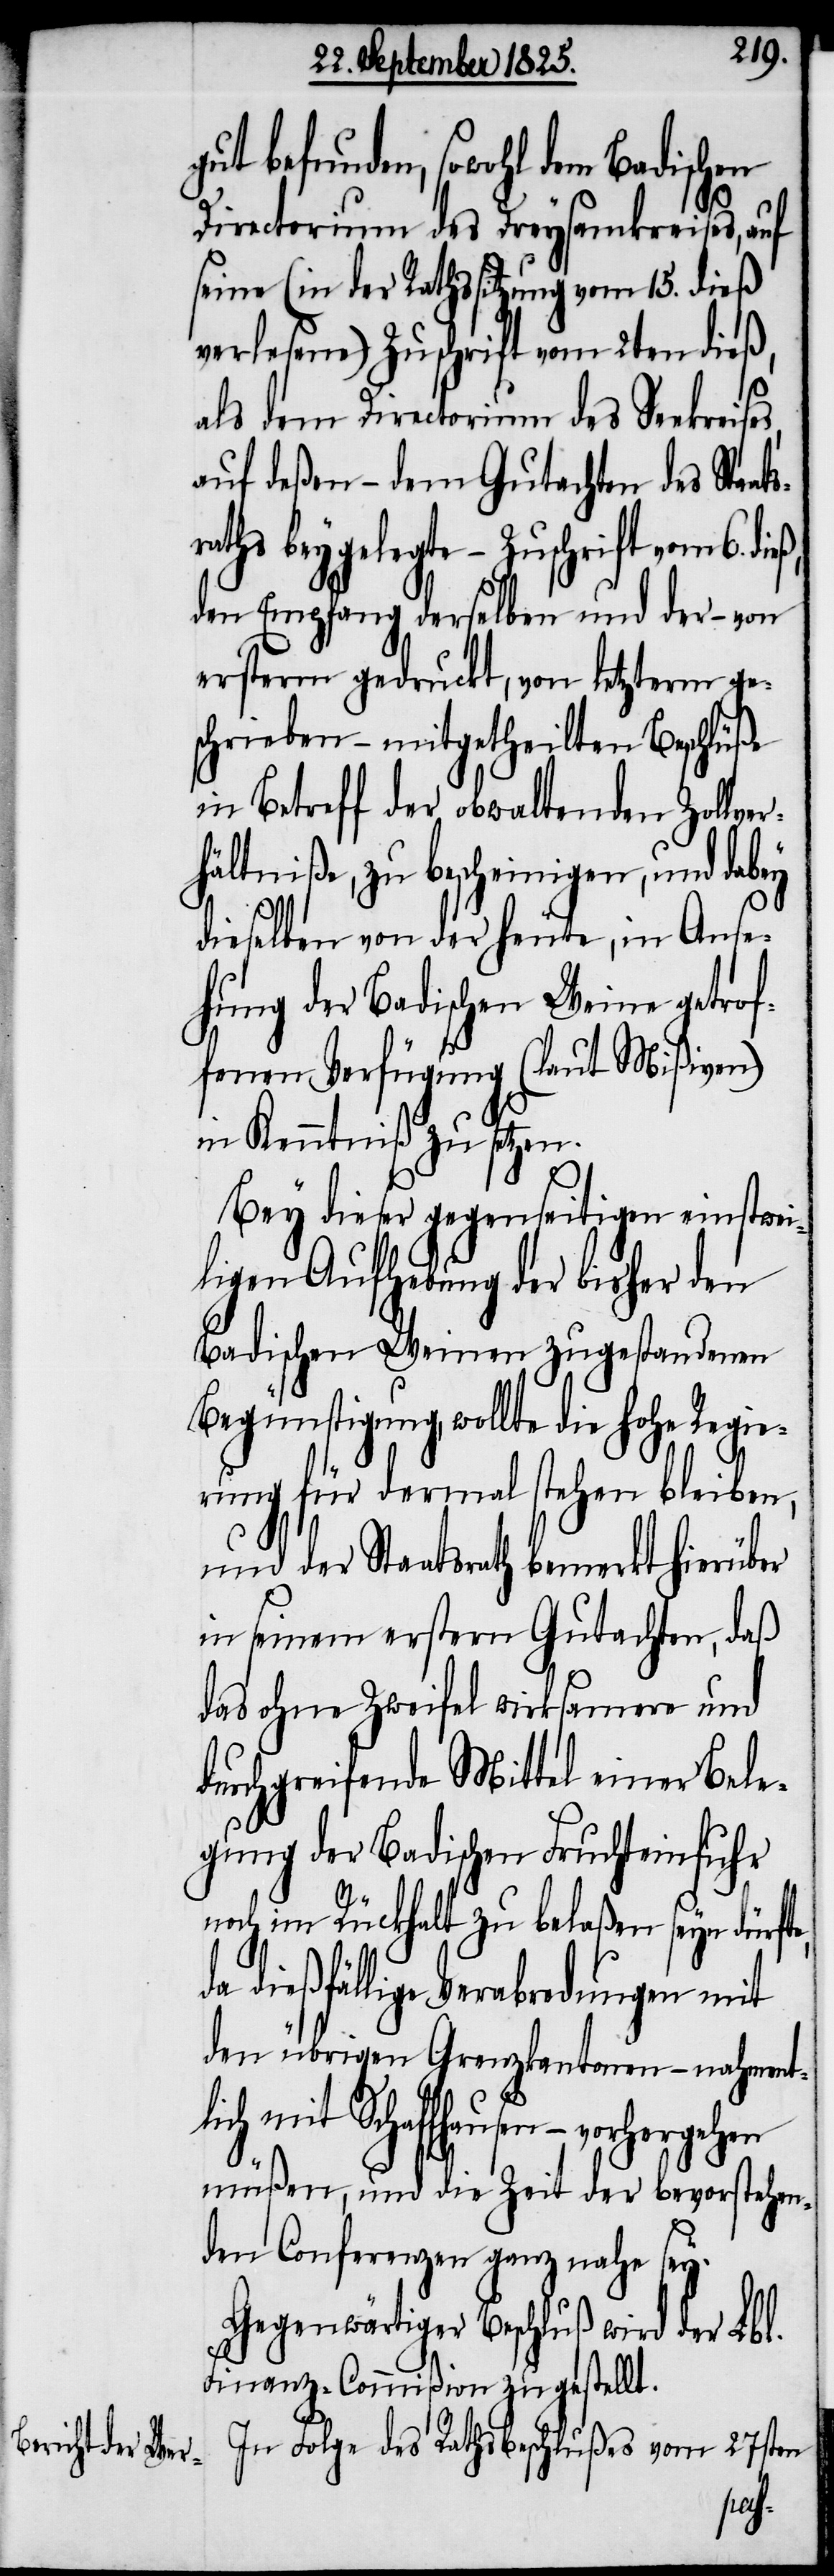
gut befunden, sowohl dem Badischen
Directorium des Dreysamkreises, auf
seine (in der Rathssitzung vom 15. dieß
verlesene) Zuschrift vom 2ten dieß,
als dem Directorium des Seekreises,
auf deßen – dem Gutachten des Sta¬
raths beygelegte – Zuschrift vom 6.
den Empfang derselben und der – von
ersterm gedruckt, von letzterm ge¬
schrieben – mitgetheilten Beschlüße
in Betreff der obwaltenden Zollver¬
hältniße, zu bescheinigen, und
dieselben von der heute, in Anse¬
hung der Badischen Weine getrof¬
fenen Verfügung (laut Mißiven)
in Kenntniß zu setzen.
Bey dieser gegenseitigen einstwei¬
ligen Aufhebung der bisher den
Badischen Weinen zugestandene
Begünstigung, wollte die hohe Regie¬
rung für dermal stehen bleiben,
und der Staatsrath bemerkt hierüber
in seinem erstern Gutachten, daß
das ohne Zweifel wirksamere und
durchgreifende Mittel einer Bele¬
gung der Badischen Fruchteinfuhr
noch im Rückhalt zu belaßen seyn dürft¬
a dießfällige Verabredungen mit
den übrigen Grenzkantonen – nahment¬
Schaffhausen – vorhergehen
müßen, und die Zeit der bevorstehen¬
de Conferenzen ganz nahe sey.
Gegenwärtiger Beschluß wird der Lbl.
Finanz-Commißion zugestellt.
In Folge des Rathsbeschlußes vom 27sten
lich